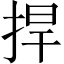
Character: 捍